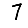
Digit: 7